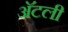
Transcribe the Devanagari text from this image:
अॅटली